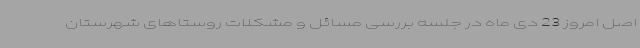
اصل امروز 23 دی ماه در جلسه بررسی مسائل و مشکلات روستاهای شهرستان